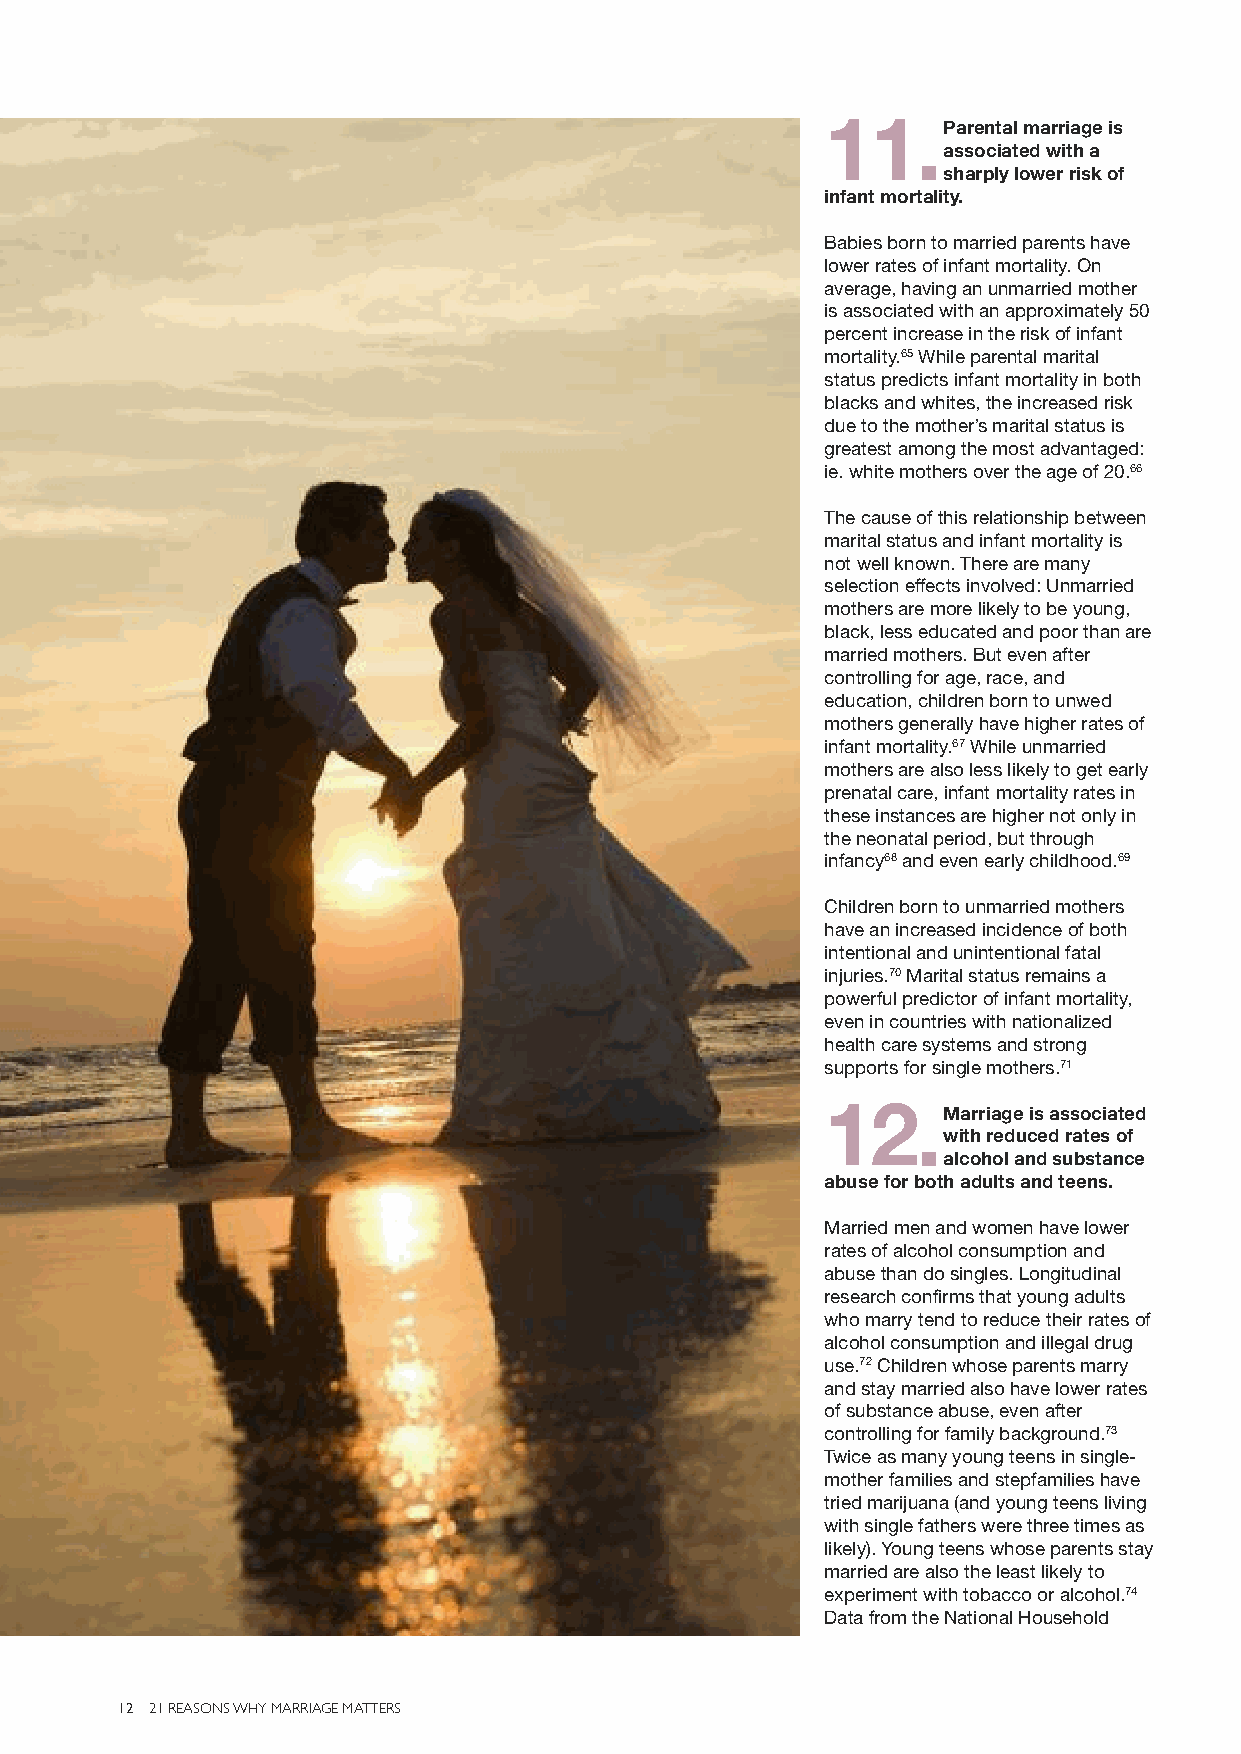
11.
 Parental marriage is
 associated with a
 sharply lower risk of
 infant mortality.
 Babies born to married parents have
 lower rates of infant mortality. On
 average, having an unmarried mother
 is associated with an approximately 50
 percent increase in the risk of infant
 mortality.65While parental marital
 status predicts infant mortality in both
 blacks and whites, the increased risk
 due to the mother’s marital status is
 greatest among the most advantaged:
 ie. white mothers over the age of 20.66
 The cause of this relationship between
 marital status and infant mortality is
 not well known. There are many
 selection effects involved: Unmarried
 mothers are more likely to be young,
 black, less educated and poor than are
 married mothers. But even after
 controlling for age, race, and
 education, children born to unwed
 mothers generally have higher rates of
 infant mortality.67While unmarried
 mothers are also less likely to get early
 prenatal care, infant mortality rates in
 these instances are higher not only in
 the neonatal period, but through
 infancy68and even early childhood.69
 Children born to unmarried mothers
 have an increased incidence of both
 intentional and unintentional fatal
 injuries.70Marital status remains a
 powerful predictor of infant mortality,
 even in countries with nationalized
 health care systems and strong
 supports for single mothers.71
 12.
 Marriage is associated
 with reduced rates of
 alcohol and substance
 abuse for both adults and teens.
 Married men and women have lower
 rates of alcohol consumption and
 abuse than do singles. Longitudinal
 research confirms that young adults
 who marry tend to reduce their rates of
 alcohol consumption and illegal drug
 use.72Children whose parents marry
 and stay married also have lower rates
 of substance abuse, even after
 controlling for family background.73
 Twice as many young teens in single-
 mother families and stepfamilies have
 tried marijuana (and young teens living
 with single fathers were three times as
 likely). Young teens whose parents stay
 married are also the least likely to
 experiment with tobacco or alcohol.74
 Data from the National Household
 12 21 REASONS WHY MARRIAGE MATTERS